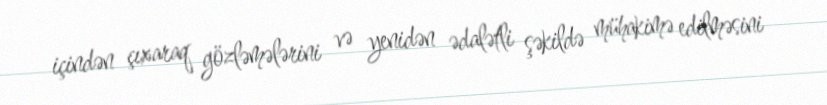
içindən çıxaraq gözləmələrini və yenidən ədalətli şəkildə mühakimə edilməsini